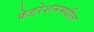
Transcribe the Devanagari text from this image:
फेडरेशनमधील